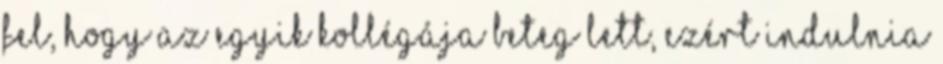
fel, hogy az egyik kollégája beteg lett, ezért indulnia